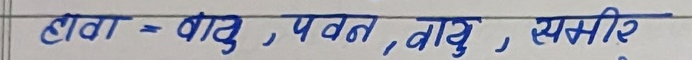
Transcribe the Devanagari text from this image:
हवा = वायु, पवन, वायु, समीर